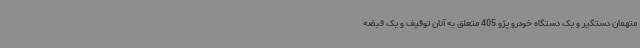
متهمان دستگیر و یک دستگاه خودرو پژو 405 متعلق به آنان توقیف و یک قبضه